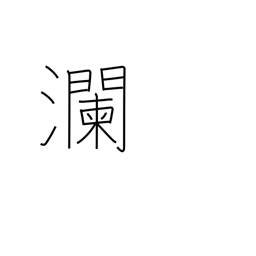
Meaning: large waves